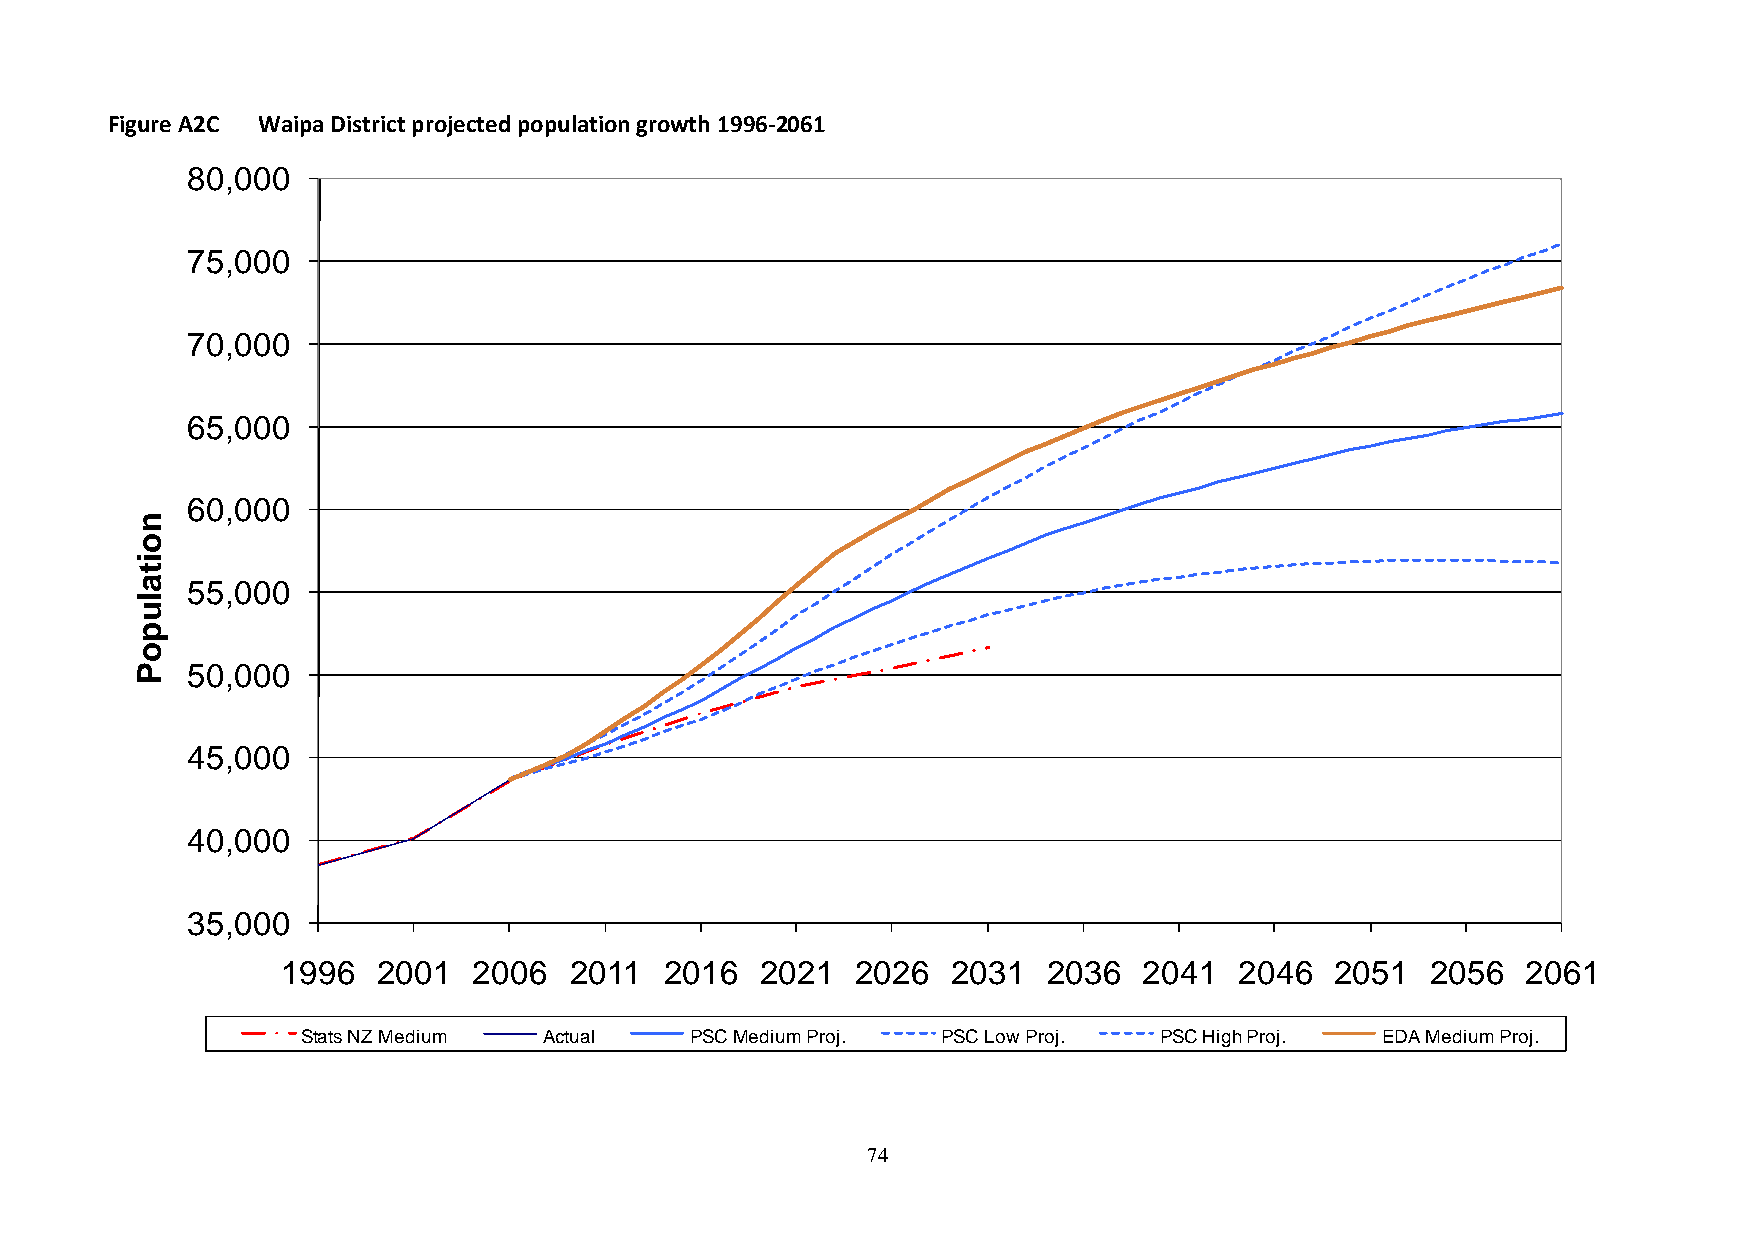
Figure A2C Waipa District projected population growth 1996-2061
 80,000
 75,000
 70,000
 65,000
 60,000
 n
 o
 i
 t
 a  55,000
 l
 u
 p
 o
 P  50,000
 45,000
 40,000
 35,000
 1996  2001  2006   2011  2016  2021   2026  2031  2036   2041  2046  2051   2056  2061
 Stats NZ Medium Actual    PSC Medium Proj. PSC Low Proj. PSC High Proj. EDA Medium Proj.
 74